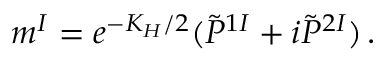
m ^ { I } = e ^ { - K _ { H } / 2 } ( \tilde { P } ^ { 1 I } + i \tilde { P } ^ { 2 I } ) \, .